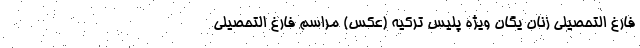
فارغ التحصیلی زنان یگان ویژه پلیس ترکیه (عکس) مراسم فارغ التحصیلی